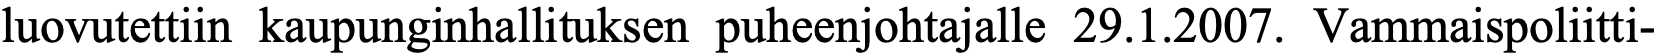
luovutettiin kaupunginhallituksen puheenjohtajalle 29.1.2007. Vammaispoliitti-